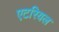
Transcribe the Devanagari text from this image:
एटरियल